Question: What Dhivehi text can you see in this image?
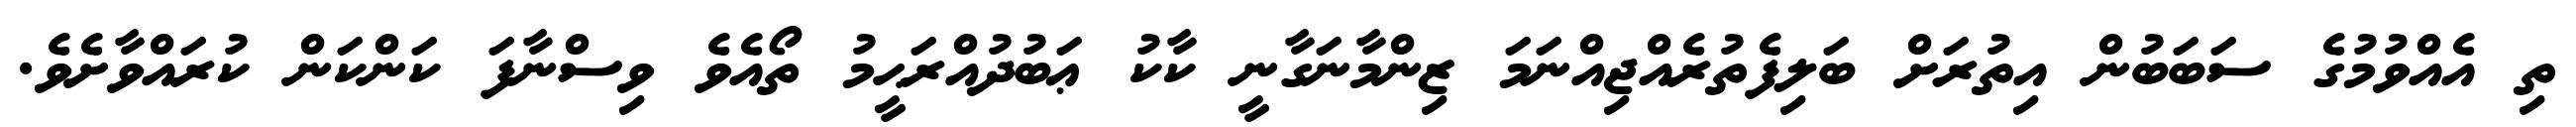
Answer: ތި އެއްވުމުގެ ސަބަބުން އިތުރަށް ބަލިފެތުރެއްޖިއްނަމަ ޒިންމާނަގާނީ ކާކު ޢަބުދުއްރަޙީމު ތޯއެވެ ވިސްނާފަ ކަންކަން ކުރައްވާށެވެ.